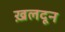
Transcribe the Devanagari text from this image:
ख़लदून